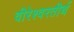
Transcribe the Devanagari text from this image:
वीरेश्वरतीर्थ